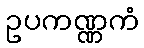
ဥပကဏ္ဏကံ